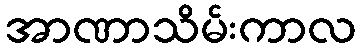
အာဏာသိမ်းကာလ